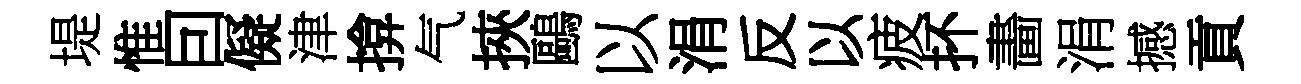
堤惟囙儗津揜气挾鷗以涓反以疲抔畵涓撼貢